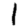
Digit: 1